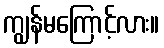
ကျွန်မကြောင့်လား။